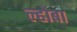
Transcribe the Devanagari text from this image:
ल्होबा